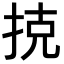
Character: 𢭪